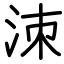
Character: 洓